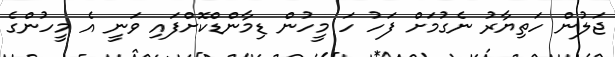
ޖަލުން ހަތިޔާރު ނެގުމަށް ފަހު ހަ މީހުން ޑިމާންޑްކޮށްފައި ވަނީ އެ މީހުންގެ